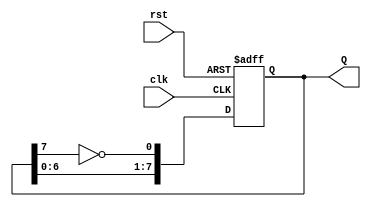
module JohnsonCounter (
    input wire clk,      // Clock signal
    input wire rst,      // Asynchronous reset signal
    output reg [7:0] Q   // 8-bit output representing the state of the counter
);

    // Always block triggered on the rising edge of the clock or when reset is activated
    always @(posedge clk or posedge rst) begin
        if (rst) begin
            // Asynchronous reset to initial state (00000000)
            Q <= 8'b00000000;
        end else begin
            // Johnson counter logic
            Q <= {Q[6:0], ~Q[7]}; // Shift left and feed back inverted last bit
        end
    end

endmodule